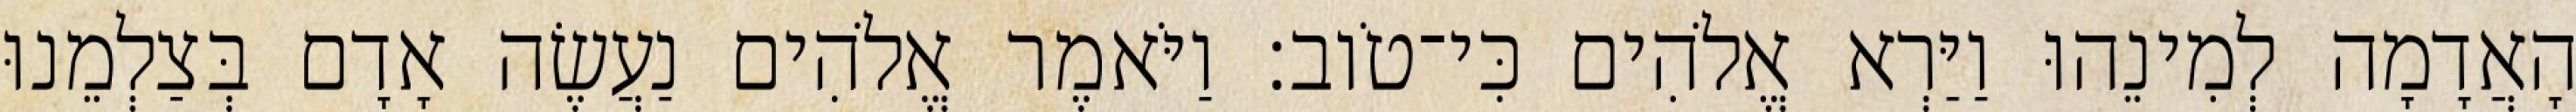
הָאֲדָמָה לְמִינֵהוּ וַיַּרְא אֱלֹהִים כִּי־טֹוב׃ וַיֹּאמֶר אֱלֹהִים נַעֲשֶׂה אָדָם בְּצַלְמֵנוּ